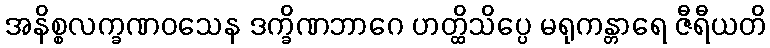
အနိစ္စလက္ခဏဝသေန ဒက္ခိဏဘာဂေ ဟတ္ထိသိပ္ပေ မရုကန္တာရေ ဇီရီယတိ